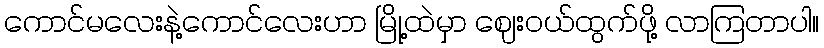
ကောင်မလေးနဲ့ကောင်လေးဟာ မြို့ထဲမှာ ဈေးဝယ်ထွက်ဖို့ လာကြတာပါ။